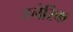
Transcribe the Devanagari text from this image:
जनेरिक